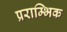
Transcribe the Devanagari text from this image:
प्रराम्भिक